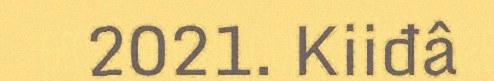
2021. Kiiđâ